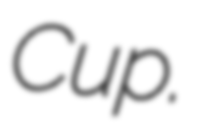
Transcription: Cup.